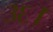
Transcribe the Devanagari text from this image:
३६।